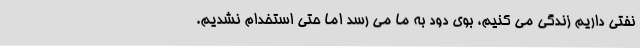
نفتی داریم زندگی می کنیم، بوی دود به ما می رسد اما حتی استخدام نشدیم.